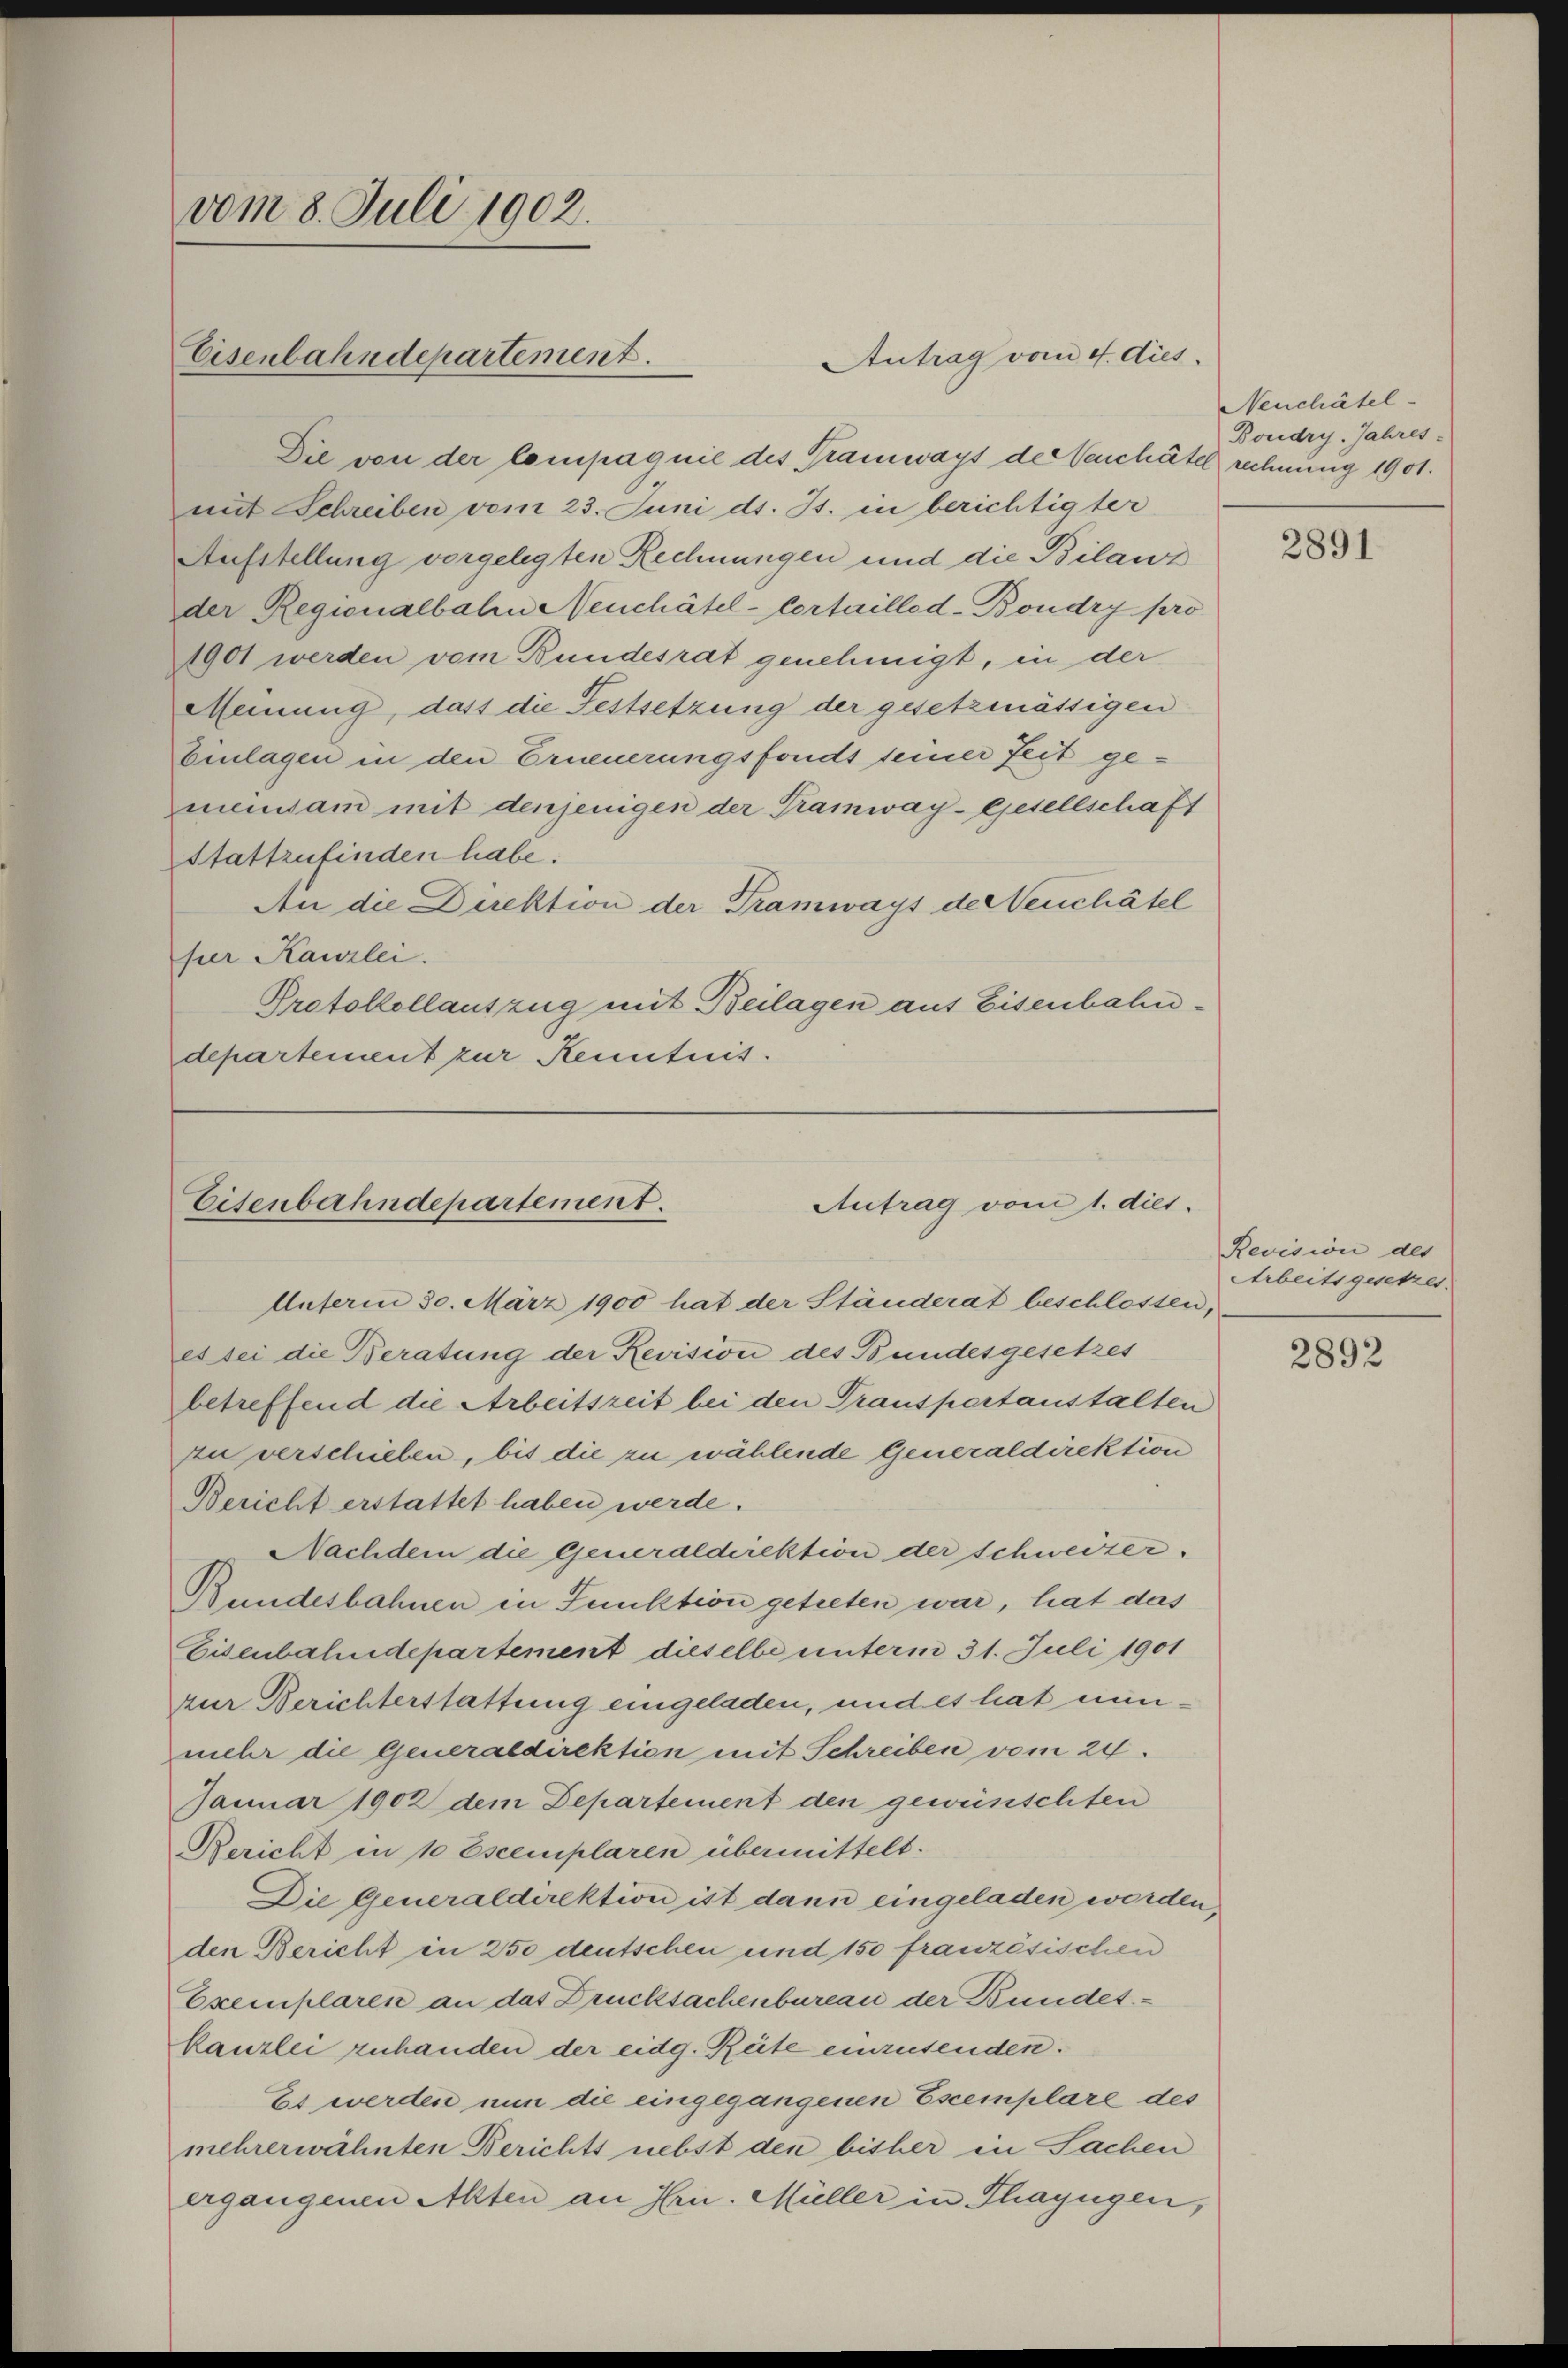
vom 8. Juli 1902.

Die von der Compagnie des Tramways der Verschätel rechnung 1901.
mit Schreiben vom 23. Juni d. Js. in berichtigter
Aufstellung vorgelegten Rechnungen und die Bilaw
der Regionalbahn Neuchâtel-Cortaillod-Boudry pro
1901 werden vom Bundesrat genehmigt, in der
Meinung, dass die Festsetzung der gesetzmässigen
Einlagen in den Erneuerungsfonds seiner Zeit gemeinsam mit denjenigen der Tramway-Gesellschaft
stattzufinden habe.
An die Direktion der Tramways der Neuchätel
ser Kanzlei.
Protokollauszug mit Beilagen auf Eisenbahndepartement zur Kenntnis.

Eisenbahndepartement.

Antrag vom 4. dies

Eisenbahndepartement.
Antrag vom 1. dies
Unferm 30. März 1900 hat der Ständerat beschlossen,

es sei die Beratung der Revision des Bundesgesetzes
betreffend die Arbeitszeit bei den Transportanstalten
zu verschieben, bis die zu wählende Generaldirektion
Bericht erstattet haben werde.
Nachdem die Generaldirektion der schweizer.
Bundesbahnen in Funktion getreten war, hat das
Eisenbahndepartement dieselbe unterm 31. Juli 1901
zur Berichterstattung eingeladen, und es hat minmehr die Generaldirektion mit Schreiben vom 24.
Januar 1902 dem Departement den gewünschten
Bericht in 10 Escemplaren übermittelt.
Die Generaldirektion ist dann eingeladen worden,
den Bericht in 250 deutschen und 150 französischen
Exemplaren an das Drucksachenbureau der Bundetkanzlei zuhanden der eidg. Räte einzusenden.
Es werden nun die eingegangenen Escemplare des
mehrerwähnten Berichts nebst den bisher in Sachen
ergangenen Akten an Hrn. Müller in Thayngen,

Neuchätel-
Boudry. Jahres-

2891

Revision des
Arbeitsgesetzes.

2892